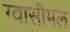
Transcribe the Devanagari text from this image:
ग्वासीमल